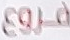
فروع